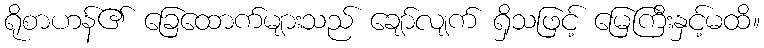
ရိုစာဟန်၏ ခြေထောက်များသည် ချော်လျက် ရှိသဖြင့် မြေကြီးနှင့်မထိ။